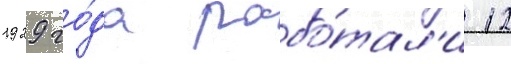
1929 го́да рабо́тал'и 12